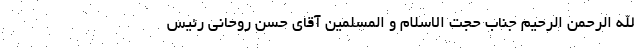
الله الرحمن الرحیم جناب حجت‌ الاسلام و المسلمین آقای حسن روحانی رئیس